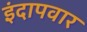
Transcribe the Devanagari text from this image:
इंदापवार